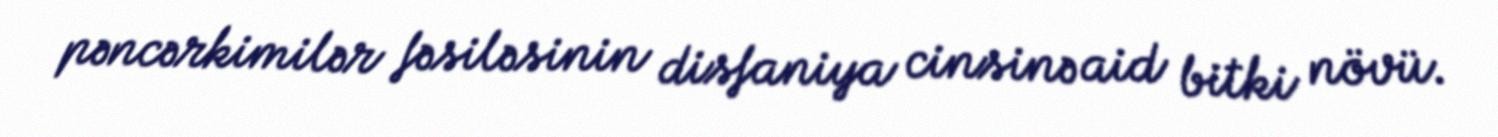
pəncərkimilər fəsiləsinin disfaniya cinsinə aid bitki növü.